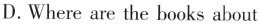
D.Where are the books about